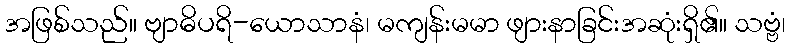
အဖြစ်သည်။ ဗျာဓိပရိ-ယောသာနံ၊ မကျန်းမမာ ဖျားနာခြင်းအဆုံးရှိ၏။ သဗ္ဗံ၊